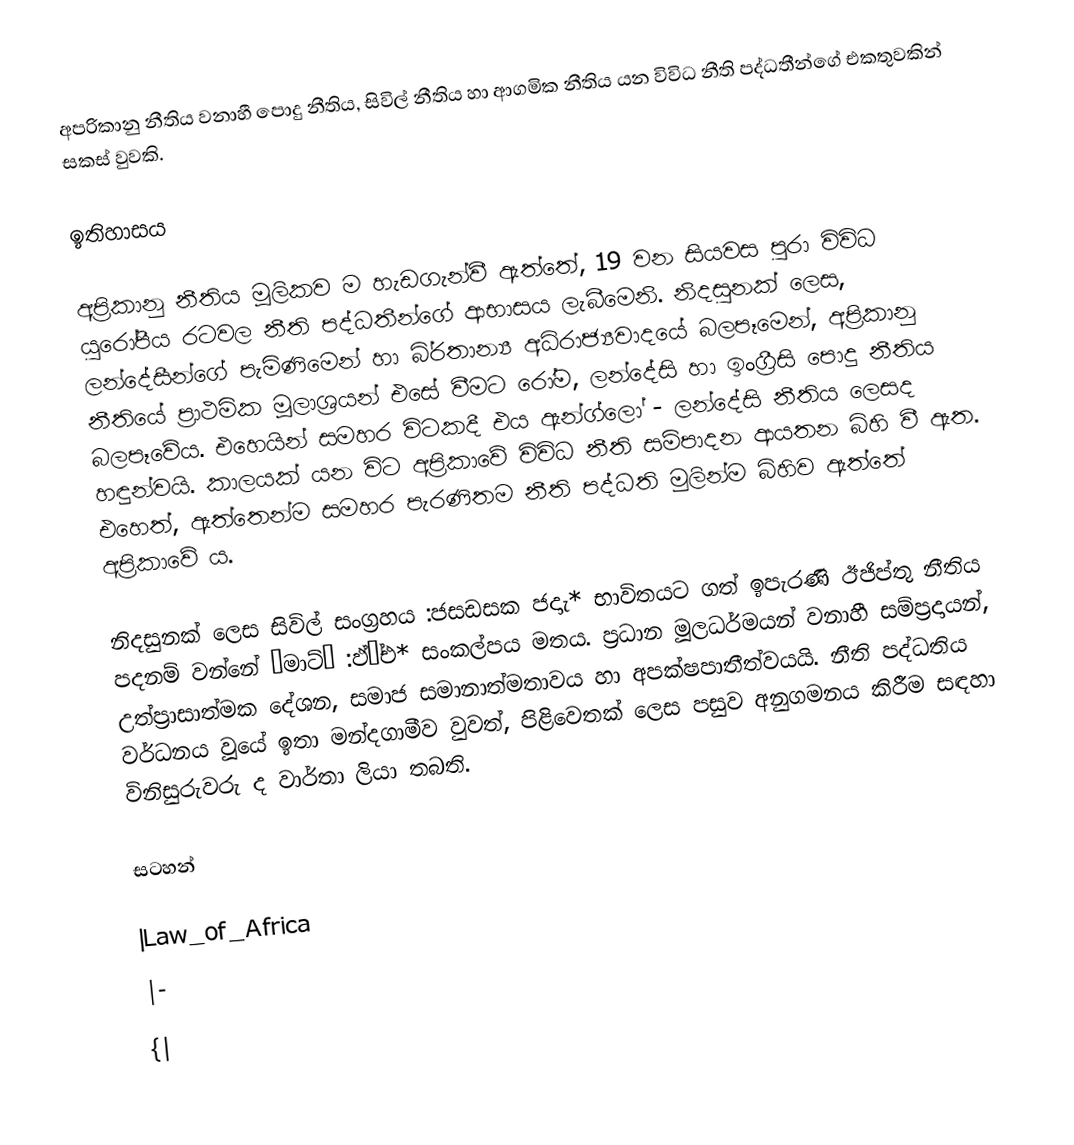
අප‍්‍රිකානු නීතිය වනාහී පොදු නීතිය, සිවිල් නීතිය හා ආගමික නීතිය යන විවිධ නීති පද්ධතීන්ගේ එකතුවකින් සකස් වුවකි.

ඉතිහාසය

අප‍්‍රිකානු නීතිය මූලිකව ම හැඩගැන්වී ඇත්තේ, 19 වන සියවස පුරා විවිධ යුරෝපීය රටවල නීති පද්ධතීන්ගේ ආභාසය ලැබීමෙනි. නිදසුනක් ලෙස, ලන්දේසීන්ගේ පැමිණිමෙන් හා බි‍්‍රතාන්‍ය අධිරාජ්‍යවාදයේ බලපෑමෙන්, අප‍්‍රිකානු නීතියේ ප‍්‍රාථමික මූලාශ‍්‍රයන් එසේ වීමට රෝම, ලන්දේසි  හා ඉංග‍්‍රීසි පොදු නීතිය බලපෑවේය. එහෙයින් සමහර විටකදී එය ඇන්ග්ලෝ - ලන්දේසි නීතිය ලෙසද හඳුන්වයි. කාලයක් යන විට අප‍්‍රිකාවේ විවිධ නීති සම්පාදන ආයතන බිහි වී ඇත. එහෙත්, ඇත්තෙන්ම සමහර පැරණිතම නීති පද්ධති මුලින්ම බිහිව ඇත්තේ අප‍්‍රිකාවේ ය.

නිදසුනක් ලෙස සිවිල් සංග‍්‍රහය :ජසඩසක ජදාැ* භාවිතයට ගත් ඉපැරණි ඊජිප්තු නීතිය පදනම් වන්නේ ‘මාට්’ :ඵ්’්එ* සංකල්පය මතය. ප‍්‍රධාන මූලධර්මයන් වනාහී සම්ප‍්‍රදායන්, උත්ප‍්‍රාසාත්මක දේශන, සමාජ සමානාත්මතාවය හා අපක්ෂපාතීත්වයයි. නීති පද්ධතිය වර්ධනය වූයේ ඉතා මන්දගාමීව වුවත්, පිළිවෙතක් ලෙස පසුව අනුගමනය කිරීම සඳහා විනිසුරුවරු ද වාර්තා ලියා තබති.

සටහන්

|Law_of_Africa
|-
{|